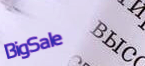
BigSale